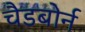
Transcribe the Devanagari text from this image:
चैडबोर्न